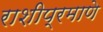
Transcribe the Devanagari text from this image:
राशीप्रमाणे